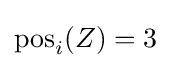
\mathrm {pos} _{i}(Z)=3